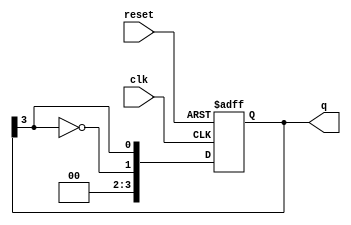
module johnson_counter #(
    parameter N = 4  // Number of flip-flops
)(
    input wire clk,       // Clock signal
    input wire reset,     // Asynchronous reset signal
    output reg [N-1:0] q  // Counter output
);

// Always block for the synchronous operation of the Johnson counter
always @(posedge clk or posedge reset) begin
    if (reset) begin
        // Asynchronous reset: initialize the counter to 0
        q <= 0;
    end else begin
        // Johnson counter logic: shift and invert the last bit
        q <= {~q[N-1], q[N-1:N-1]}; // Shift right and invert the last bit
    end
end

endmodule